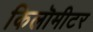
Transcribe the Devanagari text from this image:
किलॊमीटर